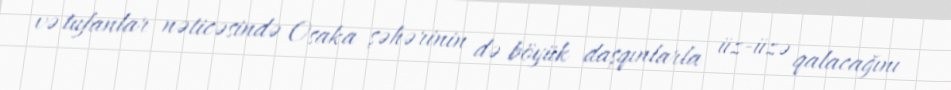
və tufanlar nəticəsində Osaka şəhərinin də böyük daşqınlarla üz-üzə qalacağını